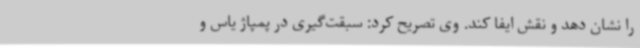
را نشان دهد و نقش ایفا کند. وی تصریح کرد: سبقت‌گیری در پمپاژ یاس و